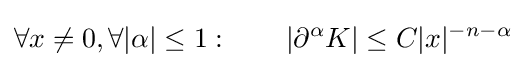
\forall x\neq 0,\forall |\alpha |\leq 1:\qquad \left|\partial ^{\alpha }K\right|\leq C|x|^{-n-\alpha }